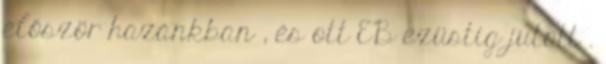
először hazánkban , és ott EB ezüstig jutott .